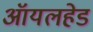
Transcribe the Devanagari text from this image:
ऑयलहेड